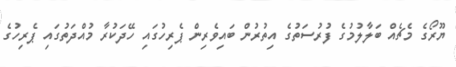
ޔޫރޯގެ މެޗެއް ބަލާލުމުގެ ފުރުސަތުގެ އިތުރުން ބައިވެރިން ޕެރިހުގައި ހޭދަކުރާ މުއްދަތުގައި ޕެރިހުގެ